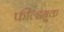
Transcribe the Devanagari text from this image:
फील्डबुक